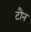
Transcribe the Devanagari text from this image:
टौन